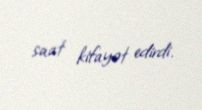
saat kifayət edirdi.